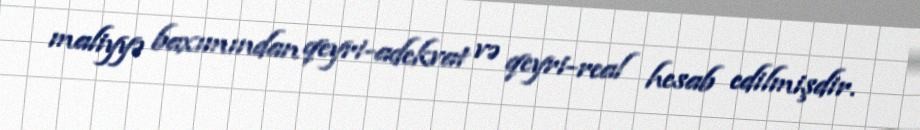
maliyyə baxımından qeyri-adekvat və qeyri-real hesab edilmişdir.